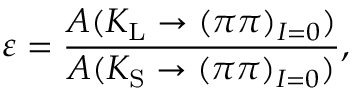
\varepsilon = { \frac { { A ( K _ { \mathrm { L } } \rightarrow ( \pi \pi ) _ { I = 0 } } ) } { A ( K _ { \mathrm { S } } \rightarrow ( \pi \pi ) _ { I = 0 } ) } } ,